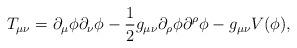
LaTeX: \begin{align*}T_{\mu\nu}=\partial_\mu\phi \partial_\nu \phi-\frac{1}{2}g_{\mu\nu}\partial_\rho\phi \partial^\rho \phi-g_{\mu\nu}V(\phi),\end{align*}